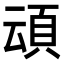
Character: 𮨀